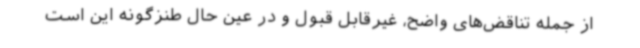
از جمله تناقض‌های واضح، غیرقابل قبول و در عین حال طنزگونه این است